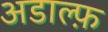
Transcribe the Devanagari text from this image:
अडाल्फ़